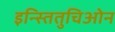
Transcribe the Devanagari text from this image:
इन्स्तितुचिओन